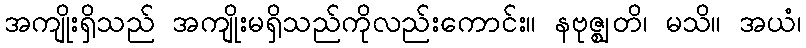
အကျိုးရှိသည် အကျိုးမရှိသည်ကိုလည်းကောင်း။ နဗုဇ္ဈတိ၊ မသိ။ အယံ၊